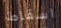
اسقاط